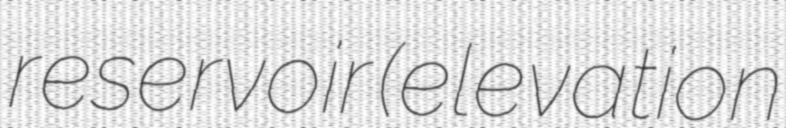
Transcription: reservoir (elevation